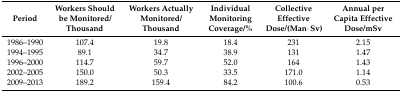
<table><thead><tr><td><b>Period</b></td><td><b>Workers Should be Monitored/Thousand</b></td><td><b>Workers Actually Monitored/Thousand</b></td><td><b>Individual Monitoring Coverage/%</b></td><td><b>Collective Effective Dose/(Man·Sv)</b></td><td><b>Annual per Capita Effective Dose/mSv</b></td></tr></thead><tbody><tr><td>1986–1990</td><td>107.4</td><td>19.8</td><td>18.4</td><td>231</td><td>2.15</td></tr><tr><td>1994–1995</td><td>89.1</td><td>34.7</td><td>38.9</td><td>131</td><td>1.47</td></tr><tr><td>1996–2000</td><td>114.7</td><td>59.7</td><td>52.0</td><td>164</td><td>1.43</td></tr><tr><td>2002–2005</td><td>150.0</td><td>50.3</td><td>33.5</td><td>171.0</td><td>1.14</td></tr><tr><td>2009–2013</td><td>189.2</td><td>159.4</td><td>84.2</td><td>100.6</td><td>0.53</td></tr></tbody></table>